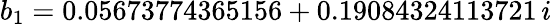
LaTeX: b_{1}=0.05673774365156+0.19084324113721\, i